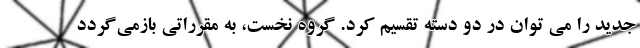
جدید را می توان در دو دسته تقسیم کرد. گروه نخست، به مقرراتی بازمی‌گردد